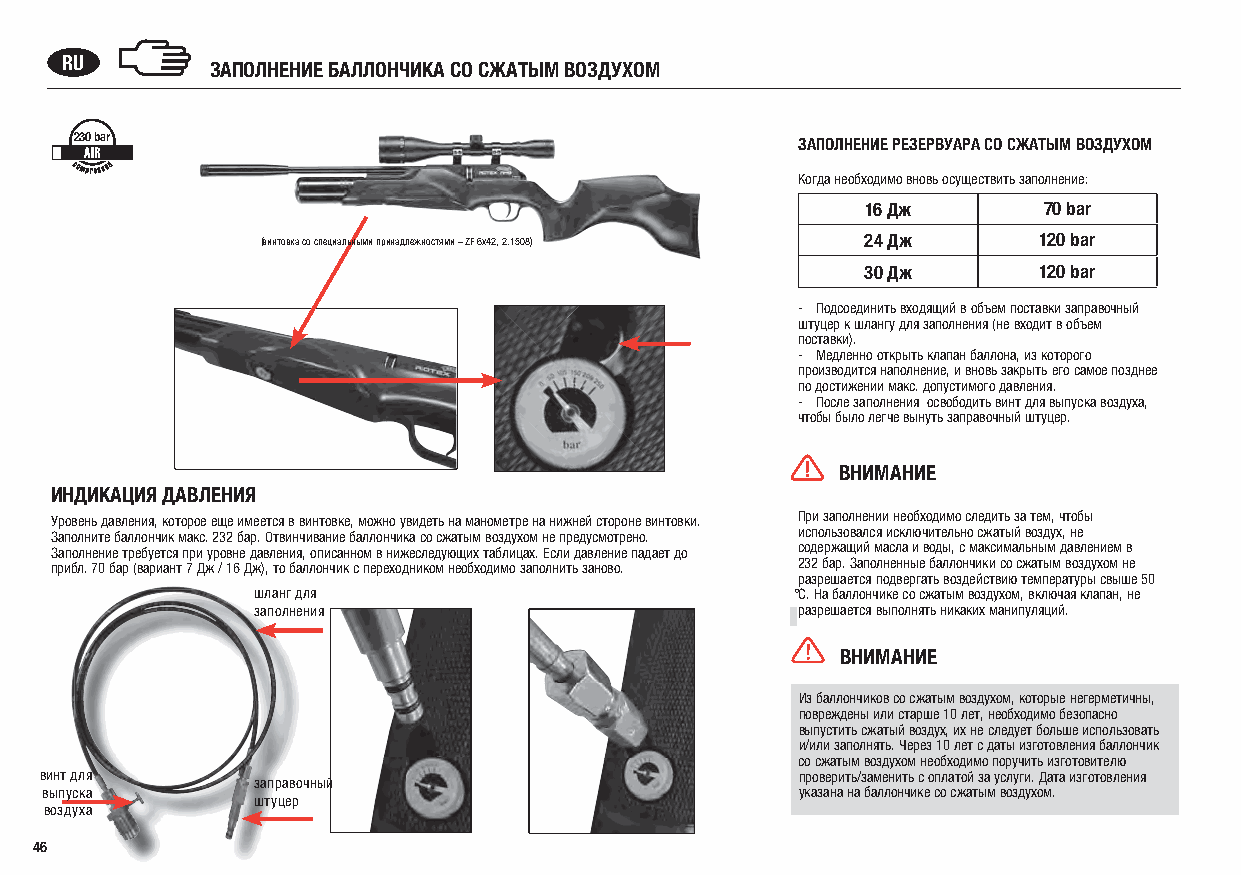
RU        ЗАПОЛНЕНИЕ БАЛЛОНЧИКА СО СЖАТЫМ ВОЗДУХОМ
 230 bar                                         ЗАПОЛНЕНИЕ РЕЗЕРВУАРА СО СЖАТЫМ ВОЗДУХОМ
 Когда необходимо вновь осуществить заполнение:
 16 Дж       70 bar
 (винтовка со специальными принадлежностями – ZF 6x42, 2.1508) 24 Дж 120 bar
 30 Дж       120 bar
 - Подсоединить входящий в объем поставки заправочный
 штуцер к шлангу для заполнения (не входит в объем
 поставки).
 - Медленно открыть клапан баллона, из которого
 производится наполнение, и вновь закрыть его самое позднее
 по достижении макс. допустимого давления.
 - После заполнения освободить винт для выпуска воздуха,
 чтобы было легче вынуть заправочный штуцер.
 ВНИМАНИЕ
 ИНДИКАЦИЯ ДАВЛЕНИЯ
 Уровень давления, которое еще имеется в винтовке, можно увидеть на манометре на нижней стороне винтовки. При заполнении необходимо следить за тем, чтобы
 Заполните баллончик макс. 232 бар. Отвинчивание баллончика со сжатым воздухом не предусмотрено. использовался исключительно сжатый воздух, не
 Заполнение требуется при уровне давления, описанном в нижеследующих таблицах. Если давление падает до содержащий масла и воды, с максимальным давлением в
 прибл. 70 бар (вариант 7 Дж / 16 Дж), то баллончик с переходником необходимо заполнить заново. 232 бар. Заполненные баллончики со сжатым воздухом не
 разрешается подвергать воздействию температуры свыше 50
 шланг для                           °C. На баллончике со сжатым воздухом, включая клапан, не
 заполнения                          разрешается выполнять никаких манипуляций.
 ВНИМАНИЕ
 Из баллончиков со сжатым воздухом, которые негерметичны,
 повреждены или старше 10 лет, необходимо безопасно
 выпустить сжатый воздух, их не следует больше использовать
 и/или заполнять. Через 10 лет с даты изготовления баллончик
 со сжатым воздухом необходимо поручить изготовителю
 винт для                                          проверить/заменить с оплатой за услуги. Дата изготовления
 заправочный
 выпуска                                           указана на баллончике со сжатым воздухом.
 штуцер
 воздуха
 46